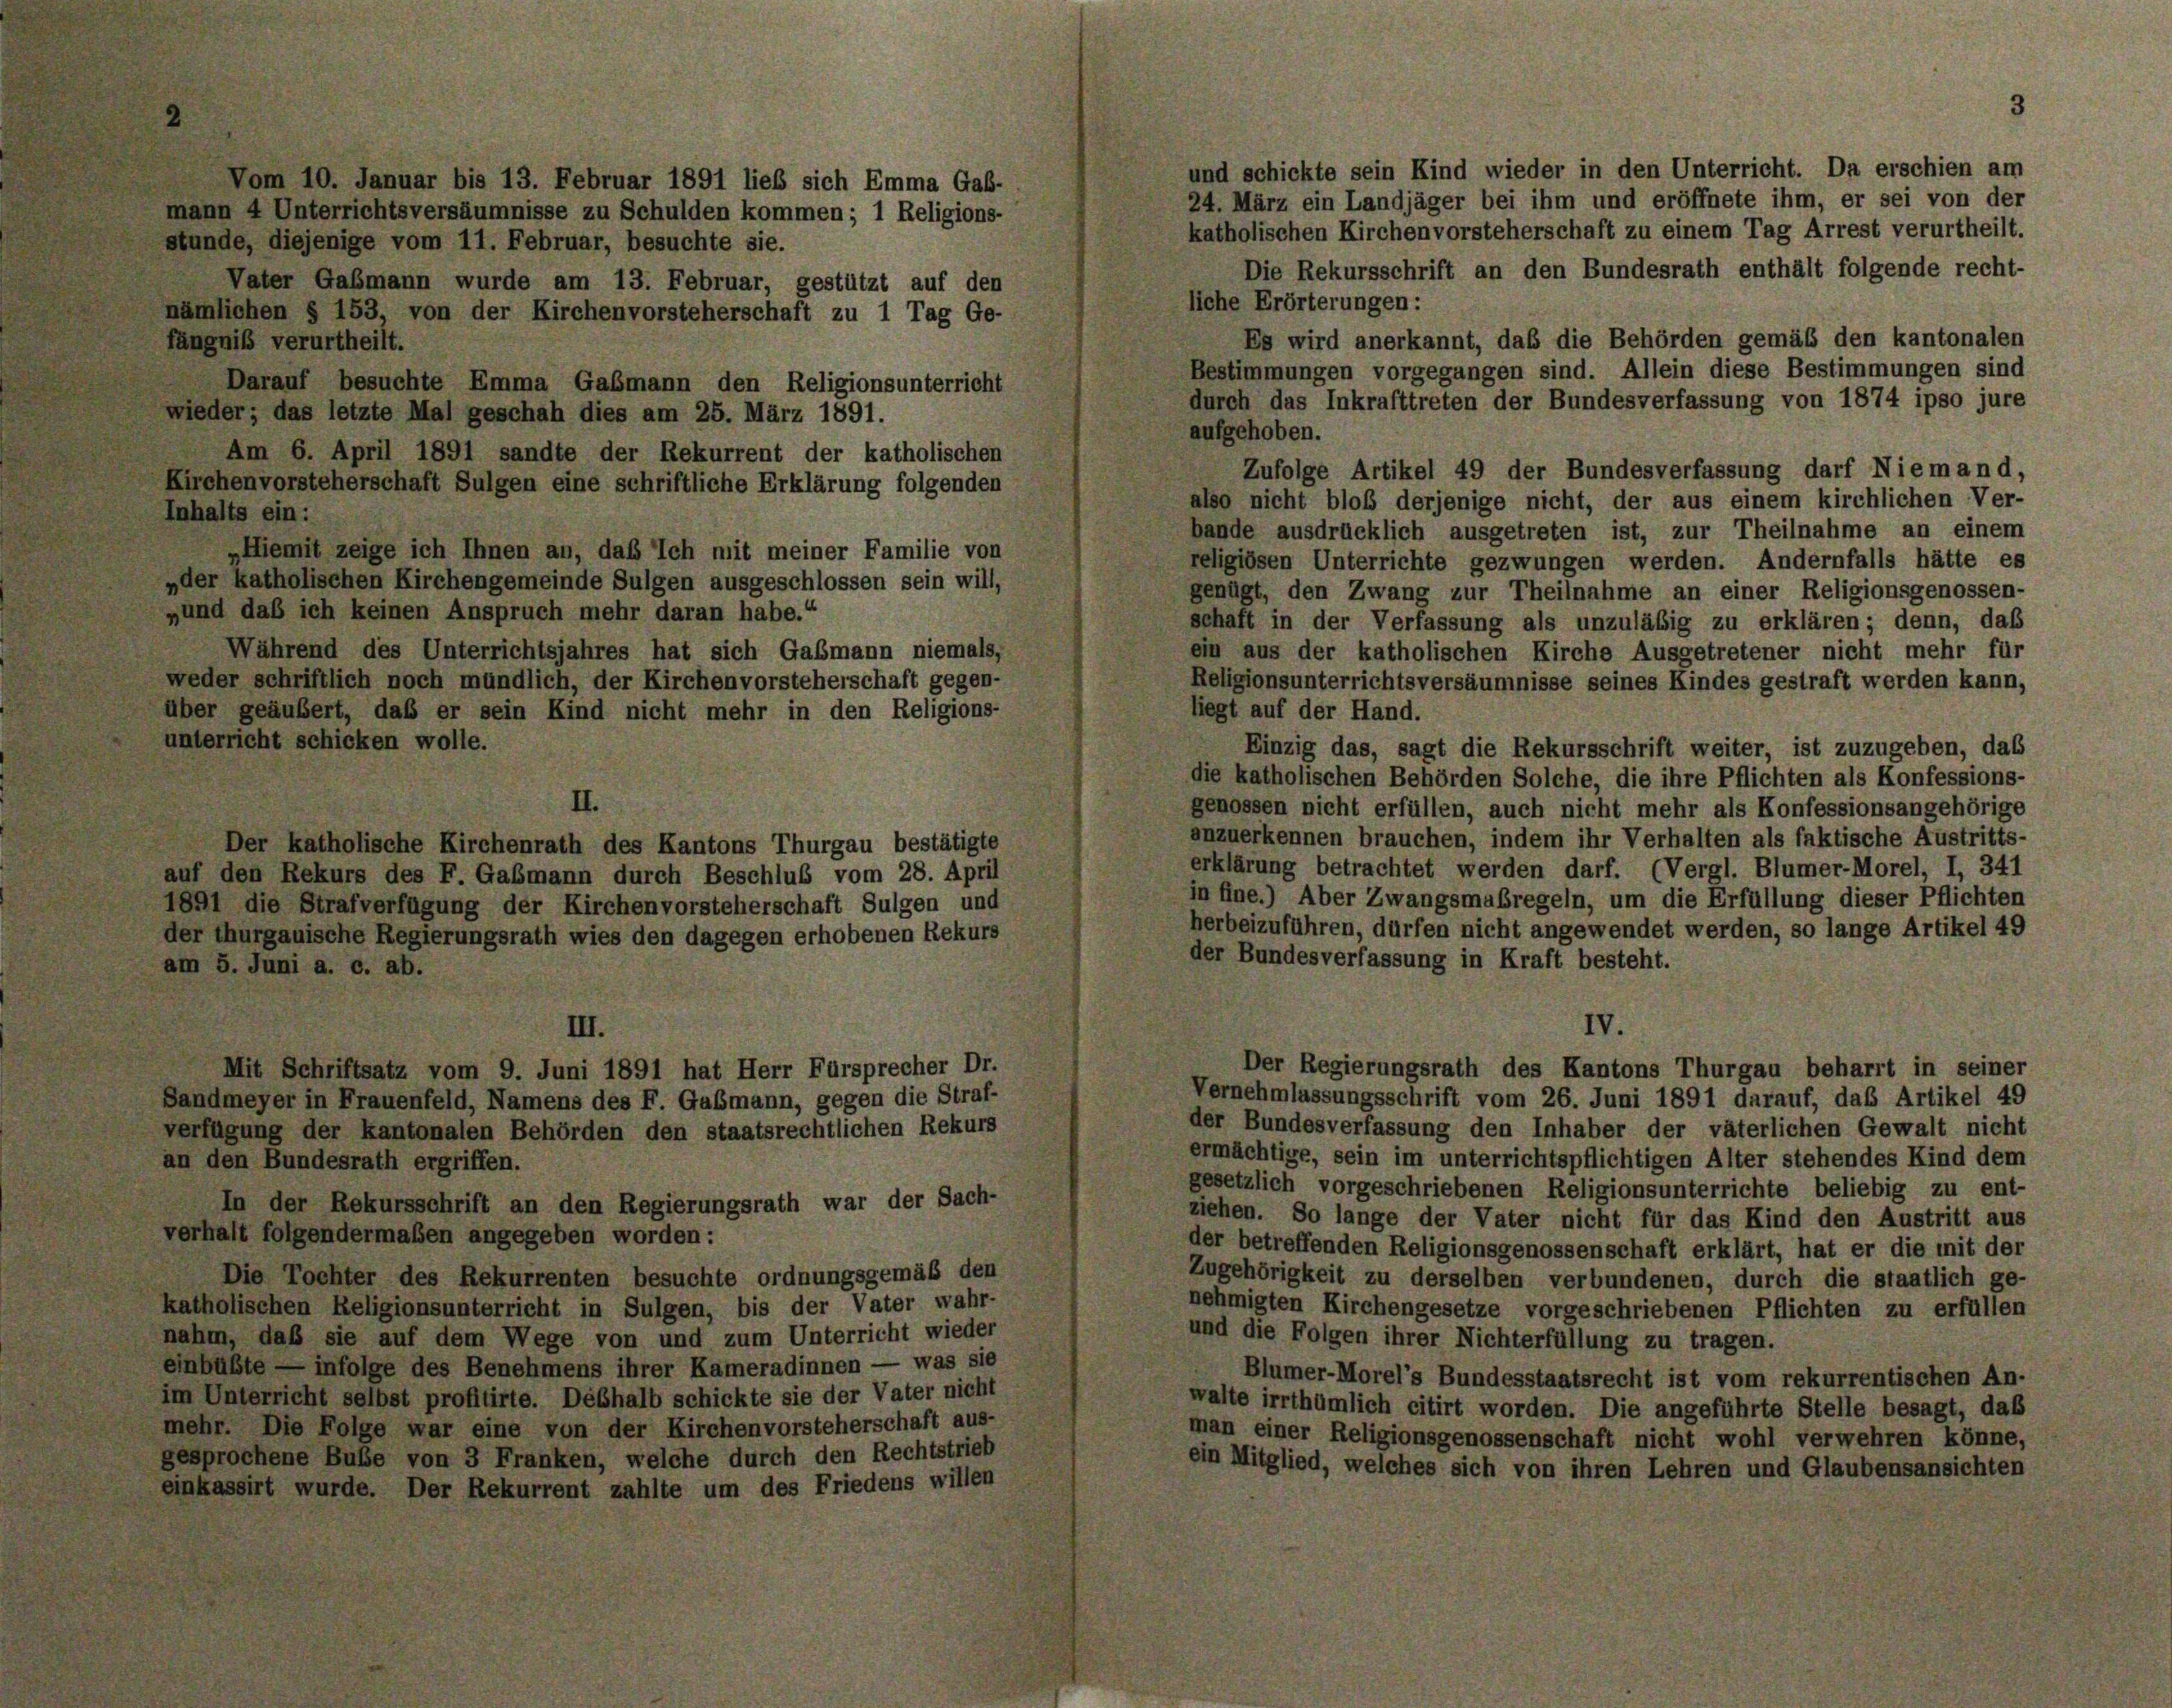
und schickte sein Kind wieder in den Unterricht. Da erschien am
24. März ein Landjäger bei ihm und eröffnete ihm, er sei von der
mann 4 Unterrichtsversäumnisse zu Schulden kommen; 1 Religions-
katholischen Kirchenvorsteherschaft zu einem Tag Arrest verurtheilt.
stunde, diejenige vom 11. Februar, besuchte sie.
Die Rekursschrift an den Bundesrath enthält folgende recht-
liche Erörterungen:
nämlichen § 153, von der Kirchenvorsteherschaft zu 1 Tag Ge-
Es wird anerkannt, daß die Behörden gemäß den kantonalen
fängniß verurtheilt.
Bestimmungen vorgegangen sind. Allein diese Bestimmungen sind
Darauf besuchte Emma Gaßmann den Religionsunterricht
durch das Inkrafttreten der Bundesverfassung von 1874 ipso jure
wieder; das letzte Mal geschah dies am 25. März 1891.
aufgehoben.
Am 6. April 1891 sandte der Rekurrent der katholischen
Zufolge Artikel 49 der Bundesverfassung darf Niemand,
Kirchenvorsteherschaft Sulgen eine schriftliche Erklärung folgenden
also nicht bloß derjenige nicht, der aus einem kirchlichen Ver-
Inhalts ein:
bände ausdrücklich ausgetreten ist, zur Theilnahme an einem
„Hiemit zeige ich Ihnen an, das Ich mit meiner Familie von
religiösen Unterrichte gezwungen werden. Andernfalls hätte es
»der katholischen Kirchengemeinde Sulgen ausgeschlossen sein will,
genügt, den Zwang zur Theilnahme an einer Religionsgenossen-
„und daß ich keinen Anspruch mehr daran habe.“
schaft in der Verfassung als unzuläßig zu erklären; denn, daß
Während des Unterrichtsjahres hat sich Gaßmann niemals,
ein aus der katholischen Kirche Ausgetretener nicht mehr für
weder schriftlich noch mündlich, der Kirchenvorsteherschaft gegen-
Religionsunterrichtsversäumnisse seines Kindes gestraft werden kann,
liegt auf der Hand.
über geäußert, daß er sein Kind nicht mehr in den Religions-
unterricht schicken wolle.
Einzig das, sagt die Rekursschrift weiter, ist zuzugeben, das
die katholischen Behörden Solche, die ihre Pflichten als Konfessions-
II.
genossen nicht erfüllen, auch nicht mehr als Konfessionsangehörige
anzuerkennen brauchen, indem ihr Verhalten als faktische Austritts-
Der katholische Kirchenrath des Kantons Thurgau bestätigte
erklärung betrachtet werden darf. (Vergl. Blümer-Morel, I, 341
auf den Rekurs des F. Gaßmann durch Beschluß vom 28. April
in fine.) Aber Zwangsmaßregeln, um die Erfüllung dieser Pflichten
1891 die Strafverfügung der Kirchenvorsteherschaft Sulgen und
herbeizuführen, dürfen nicht angewendet werden, so lange Artikel 49
der thurgauische Regierungsrath wies den dagegen erhobenen Rekurs
der Bundesverfassung in Kraft besteht.
am 5. Juni a. c. ab.
IV.
III.
Der Regierungsrath des Kantons Thurgau beharrt in seiner
Mit Schriftsatz vom 9. Juni 1891 hat Herr Fürsprecher Dr.
Vernehmlassungsschrift vom 26. Juni 1891 darauf, das Artikel 49
Sandmeyer in Frauenfeld, Namens des F. Gaßmann, gegen die Straf-
der Bundesverfassung den Inhaber der väterlichen Gewalt nicht
verfügung der kantonalen Behörden den staatsrechtlichen Rekurs
ermächtige, sein im unterrichtspflichtigen Alter stehendes Kind dem
an den Bundesrath ergriffen.
gesetzlich vorgeschriebenen Religionsunterrichte beliebig zu ent-
In der Rekursschrift an den Regierungsrath war der Sach-
ziehen. So lange der Vater nicht für das Kind den Austritt aus
verhalt folgendermaßen angegeben worden:
der betreffenden Religionsgenossenschaft erklärt, hat er die mit der
Die Tochter des Rekurrenten besuchte ordnungsgemäß den
Zugehörigkeit zu derselben verbundenen, durch die staatlich ge-
katholischen Religionsunterricht in Sulgen, bis der Vater wahr-
nehmigten Kirchengesetze vorgeschriebenen Pflichten zu erfüllen
nahm, daß sie auf dem Wege von und zum Unterricht wieder
und die Folgen ihrer Nichterfüllung zu tragen.
einbüßte — infolge des Benehmens ihrer Kameradinnen — was sie
Blümer-Morel’s Bundesstaatsrecht ist vom rekurrentischen An-
im Unterricht selbst profitirte. Deshalb schickte sie der Vater nicht
walte irrthümlich citirt worden. Die angeführte Stelle besagt, daß
mehr. Die Folge war eine von der Kirchenvorsteherschaft aus-
man einer Religionsgenossenschaft nicht wohl verwehren könne,
gesprochene Bube von 3 Franken, welche durch den Rechtstrieb
ein Mitglied, welches sich von ihren Lehren und Glaubensansichten
einkassirt wurde. Der Rekurrent zahlte um des Friedens willen

Vom 10. Januar bis 13. Februar 1891 lieb sich Emma Gab-

Vater Gaßmann wurde am 13. Februar, gestützt auf den